Annual vaccination report of Bihar and Orissa - 1911-1928
Year: 1911
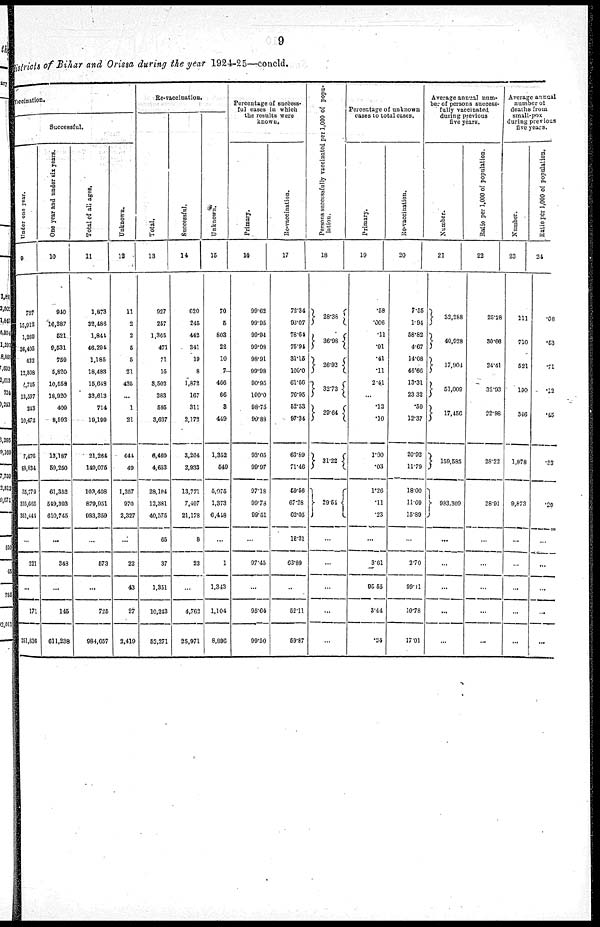
9
districts of Bihar and Orissa during the year 1924-25—concld.
vaccination.
Successful.
Under one year.
9
797
15,912
1,269
36,405
422
12,508
4,745
13,537
243
10,472
7,476
88,834
35,779
315,665
351,441
...
221
...
171
351,836
One year and under six years.
10
940
16,387
521
9,531
759
5,820
10,558
18,920
409
8,592
13,187
59,250
61,352
549,393
610,745
...
348
...
145
611,238
Total of all ages.
11
1,873
32,486
1,841
46,294
1,185
18,483
15,648
32,613
714
19,199
21,264
149,075
100,408
879,951
983,359
...
573
...
725
984,657
Unknown.
12
11
2
2
5
5
21
425
...
1
21
444
49
1,357
970
2,327
...
22
43
27
2,419
Re-vaccination.
Total.
13
927
257
1,365
471
71
15
3,502
283
595
3,637
6,460
4,653
28,104
13,381
40,575
65
37
1,351
10,243
52,271
Successful.
14
620
245
442
341
19
8
1,872
167
311
2,172
3,264
2,933
13,771
7,407
21,178
8
23
...
4,762
25,971
Unknown.
15
70
5
803
22
10
7
406
66
8
449
1,352
549
5,075
1,373
6,448
...
1
1,343
1,104
8,896
Percentage of success-
ful cases in which
the results were
known.
Primary.
16
99.62
99.95
99.94
99.98
98.91
99.98
90.95
100.0
98.75
99.88
93.05
99.97
97.18
99.78
99.51
...
97.45
...
95.64
99.50
Re-vaccination.
17
72.34
93.07
78.64
75.94
31.15
100.0
61.66
76.95
52.53
97.34
63.89
71.46
59.56
67.28
62.05
12.31
63.89
...
52.11
59.87
Persons successfully vaccinated per 1,000 of popu-
lation.
18
28.38
36.98
26.92
32.73
29.64
31.22
29.54
...
...
...
...
...
Percentage of unknown
cases to total cases.
Primary.
19
.58
.006
.11
.01
.41
.11
2.41
...
.13
.10
1.90
.03
1.26
.11
.23
...
3.61
95.55
3.44
.24
Re-vaccination.
20
7.55
1.94
58.82
4.67
14.08
46.66
13.31
23.32
.50
12.37
20.92
11.79
18.00
11.09
15.89
...
2.70
99.01
10.78
17.01
Average annual num-
ber of persons success-
fully vaccinated
during previous
five years.
Number.
21
32,288
40,928
17,904
51,009
17,456
159,585
983,309
...
...
...
...
...
Ratio per 1,000 of population.
22
25.28
30.66
24.41
32.93
22.98
28.22
28.91
...
...
...
...
...
Average annual
number of
deaths from.
small-pox
during previous
five years.
Number.
23
111
710
521
190
346
1,878
9,873
...
...
...
...
...
Ratio per 1,000 of population.
24
.08
.53
.71
.12
.45
.33
.20
...
...
...
...
...